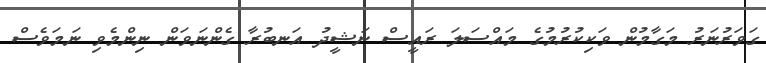
ގަވަރުނަރު މަގާމުން ވަކިކުރުމުގެ މައްސަލަ ރައީސް ނަޝީދު އަނބުރާ ގެންނަވަން ނިންމެވި ނަމަވެސް